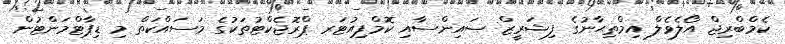
ކެމްބްރިޖް އޯލެވެލް އިމްތިޙާނުގެ ފިޝަރީޒް ސައިންސާއި ކޮމްޕިއުޓަރ ޕްރޮޖެކްޓުތަކުގެ މަސައްކަތް މި ޑިޕާޓްމަންޓުން